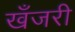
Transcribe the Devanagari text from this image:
खँजरी